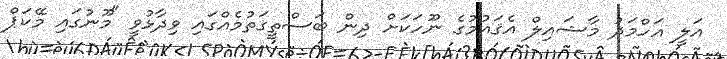
އަލީ އަހްމަދު މާޝައިލް އެޤައުމުގެ ނޫހަކަށް ދިން ބަސްތީގަތުމެއްގައި ވިދާޅުވީ "މޫނުގައި މޭކަޕް